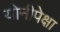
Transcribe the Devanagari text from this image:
योनीपेक्षा